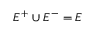
E ^ { + } \cup E ^ { - } = E